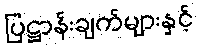
ပြဋ္ဌာန်းချက်များနှင့်